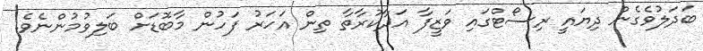
ބަދަލުވެގެން ދިޔައީ ރިސޯޓްގައި ވަޒީފާ އަދާކުރާތާ ތިން އަހަރު ފަހުން މާބޮޑަށް ބަލިވުމުންނެވެ.